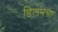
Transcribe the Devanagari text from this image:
डिलनचा